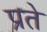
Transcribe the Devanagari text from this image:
प्रते